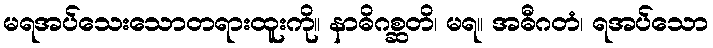
မရအပ်သေးသောတရားထူးကို။ နာဓိဂစ္ဆတိ၊ မရ။ အဓီဂတံ၊ ရအပ်သော